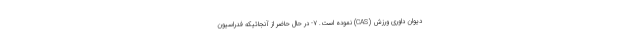
دیوان داوری ورزش (CAS) نموده است. ۷- در حال حاضر از آنجائیکه فدراسیون